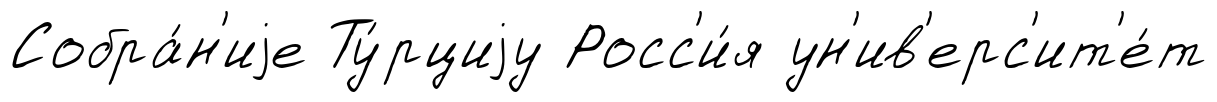
Собра́н'иjе Ту́рциjу Росс'и́я ун'ив'ерс'ит'е́т